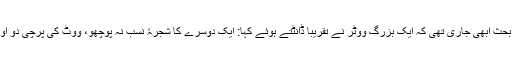
ہمارے درمیان یہ بحث ابھی جاری تھی کہ ایک بزرگ ووٹر نے تقریباً ڈانٹتے ہوئے کہا: ایک دوسرے کا شجرۂ نسب نہ پوچھو، ووٹ کی پرچی دو اور آگے بڑھنے دو۔